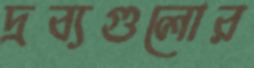
দ্রব্যগুলোর